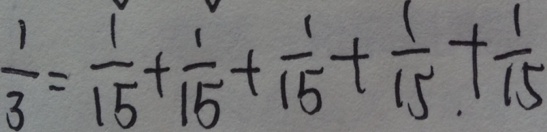
\frac { 1 } { 3 } = \frac { 1 } { 1 5 } + \frac { 1 } { 1 5 } + \frac { 1 } { 1 5 } + \frac { 1 } { 1 5 } . + \frac { 1 } { 1 5 }